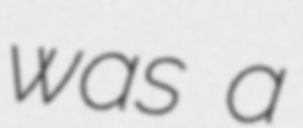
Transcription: was a